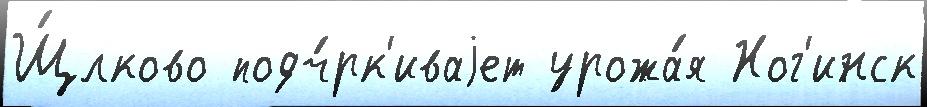
Щ́лково подч́рк'иваjет урожа́я Ног'инск